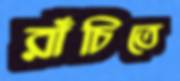
রাঁচিতে